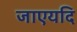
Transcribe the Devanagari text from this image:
जाएयदि